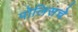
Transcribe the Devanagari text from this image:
पोलिसचे